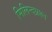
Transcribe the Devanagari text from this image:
मिलिन्दप्रश्न